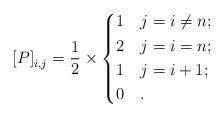
LaTeX: \begin{align*} [P]_{i,j}^{} = \frac{1}{2} \times\begin{dcases}1 & j = i \neq n; \\ 2 & j = i = n; \\1 & j = i+1; \\0 & .\end{dcases}\end{align*}